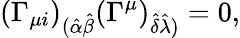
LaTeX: (\Gamma_{\mu i})_{(\hat{\alpha}\hat{\beta}}(\Gamma^{\mu})_{\hat{\delta}\hat{\lambda})}=0,